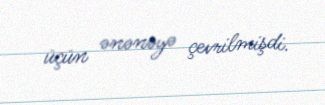
üçün ənənəyə çevrilmişdi.